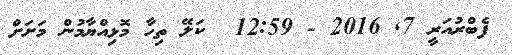
ފެބްރުއަރީ 7